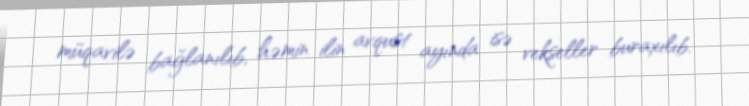
müqavilə bağlanılıb, həmin ilin avqust ayında isə vekseller buraxılıb.